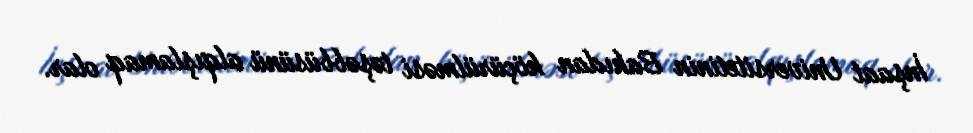
İnşaat Universitetinin Bakıdan köçürülməsi təşəbbüsünü alqışlamaq olar.